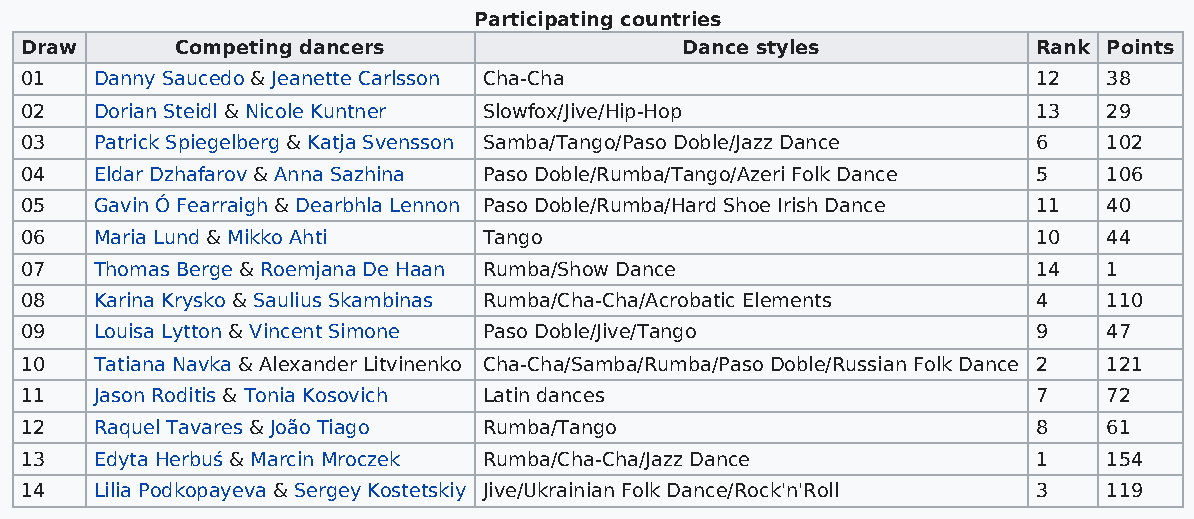
Participating countries
 Draw       Competing dancers                Dance styles            Rank Points
 01   Danny Saucedo & Jeanette Carlsson Cha-Cha                      12  38
 02   Dorian Steidl & Nicole Kuntner Slowfox/Jive/Hip-Hop            13  29
 03   Patrick Spiegelberg & Katja Svensson Samba/Tango/Paso Doble/Jazz Dance 6 102
 04   Eldar Dzhafarov & Anna Sazhina Paso Doble/Rumba/Tango/Azeri Folk Dance 5 106
 05   Gavin Ó Fearraigh & Dearbhla Lennon Paso Doble/Rumba/Hard Shoe Irish Dance 11 40
 06   Maria Lund & Mikko Ahti   Tango                                10  44
 07   Thomas Berge & Roemjana De Haan Rumba/Show Dance               14  1
 08   Karina Krysko & Saulius Skambinas Rumba/Cha-Cha/Acrobatic Elements 4 110
 09   Louisa Lytton & Vincent Simone Paso Doble/Jive/Tango           9   47
 10   Tatiana Navka & Alexander Litvinenko Cha-Cha/Samba/Rumba/Paso Doble/Russian Folk Dance 2 121
 11   Jason Roditis & Tonia Kosovich Latin dances                    7   72
 12   Raquel Tavares & João Tiago Rumba/Tango                        8   61
 13   Edyta Herbuś & Marcin Mroczek Rumba/Cha-Cha/Jazz Dance         1   154
 14   Lilia Podkopayeva & Sergey Kostetskiy Jive/Ukrainian Folk Dance/Rock'n'Roll 3 119